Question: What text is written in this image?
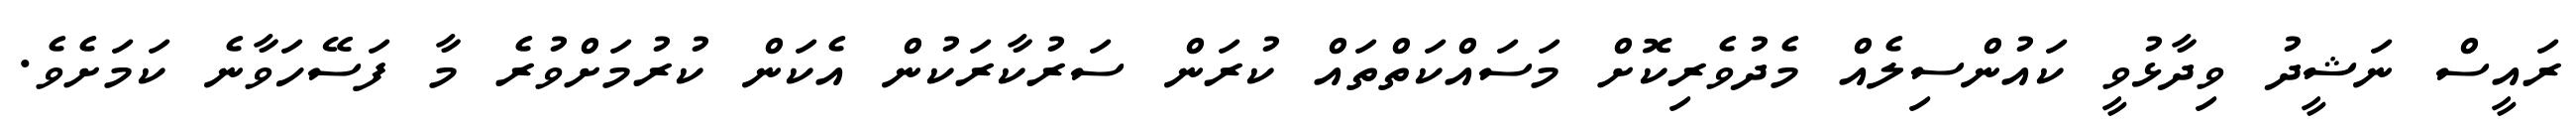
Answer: ރައީސް ނަޝީދު ވިދާޅުވީ ކައުންސިލެއް މެދުވެރިކޮށް މަސައްކަތްތައް ކުރަން ސަރުކާރަކުން އެކަން ކުރުމަށްވުރެ މާ ފަސޭހަވާނެ ކަމަށެވެ.